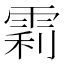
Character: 𬯼